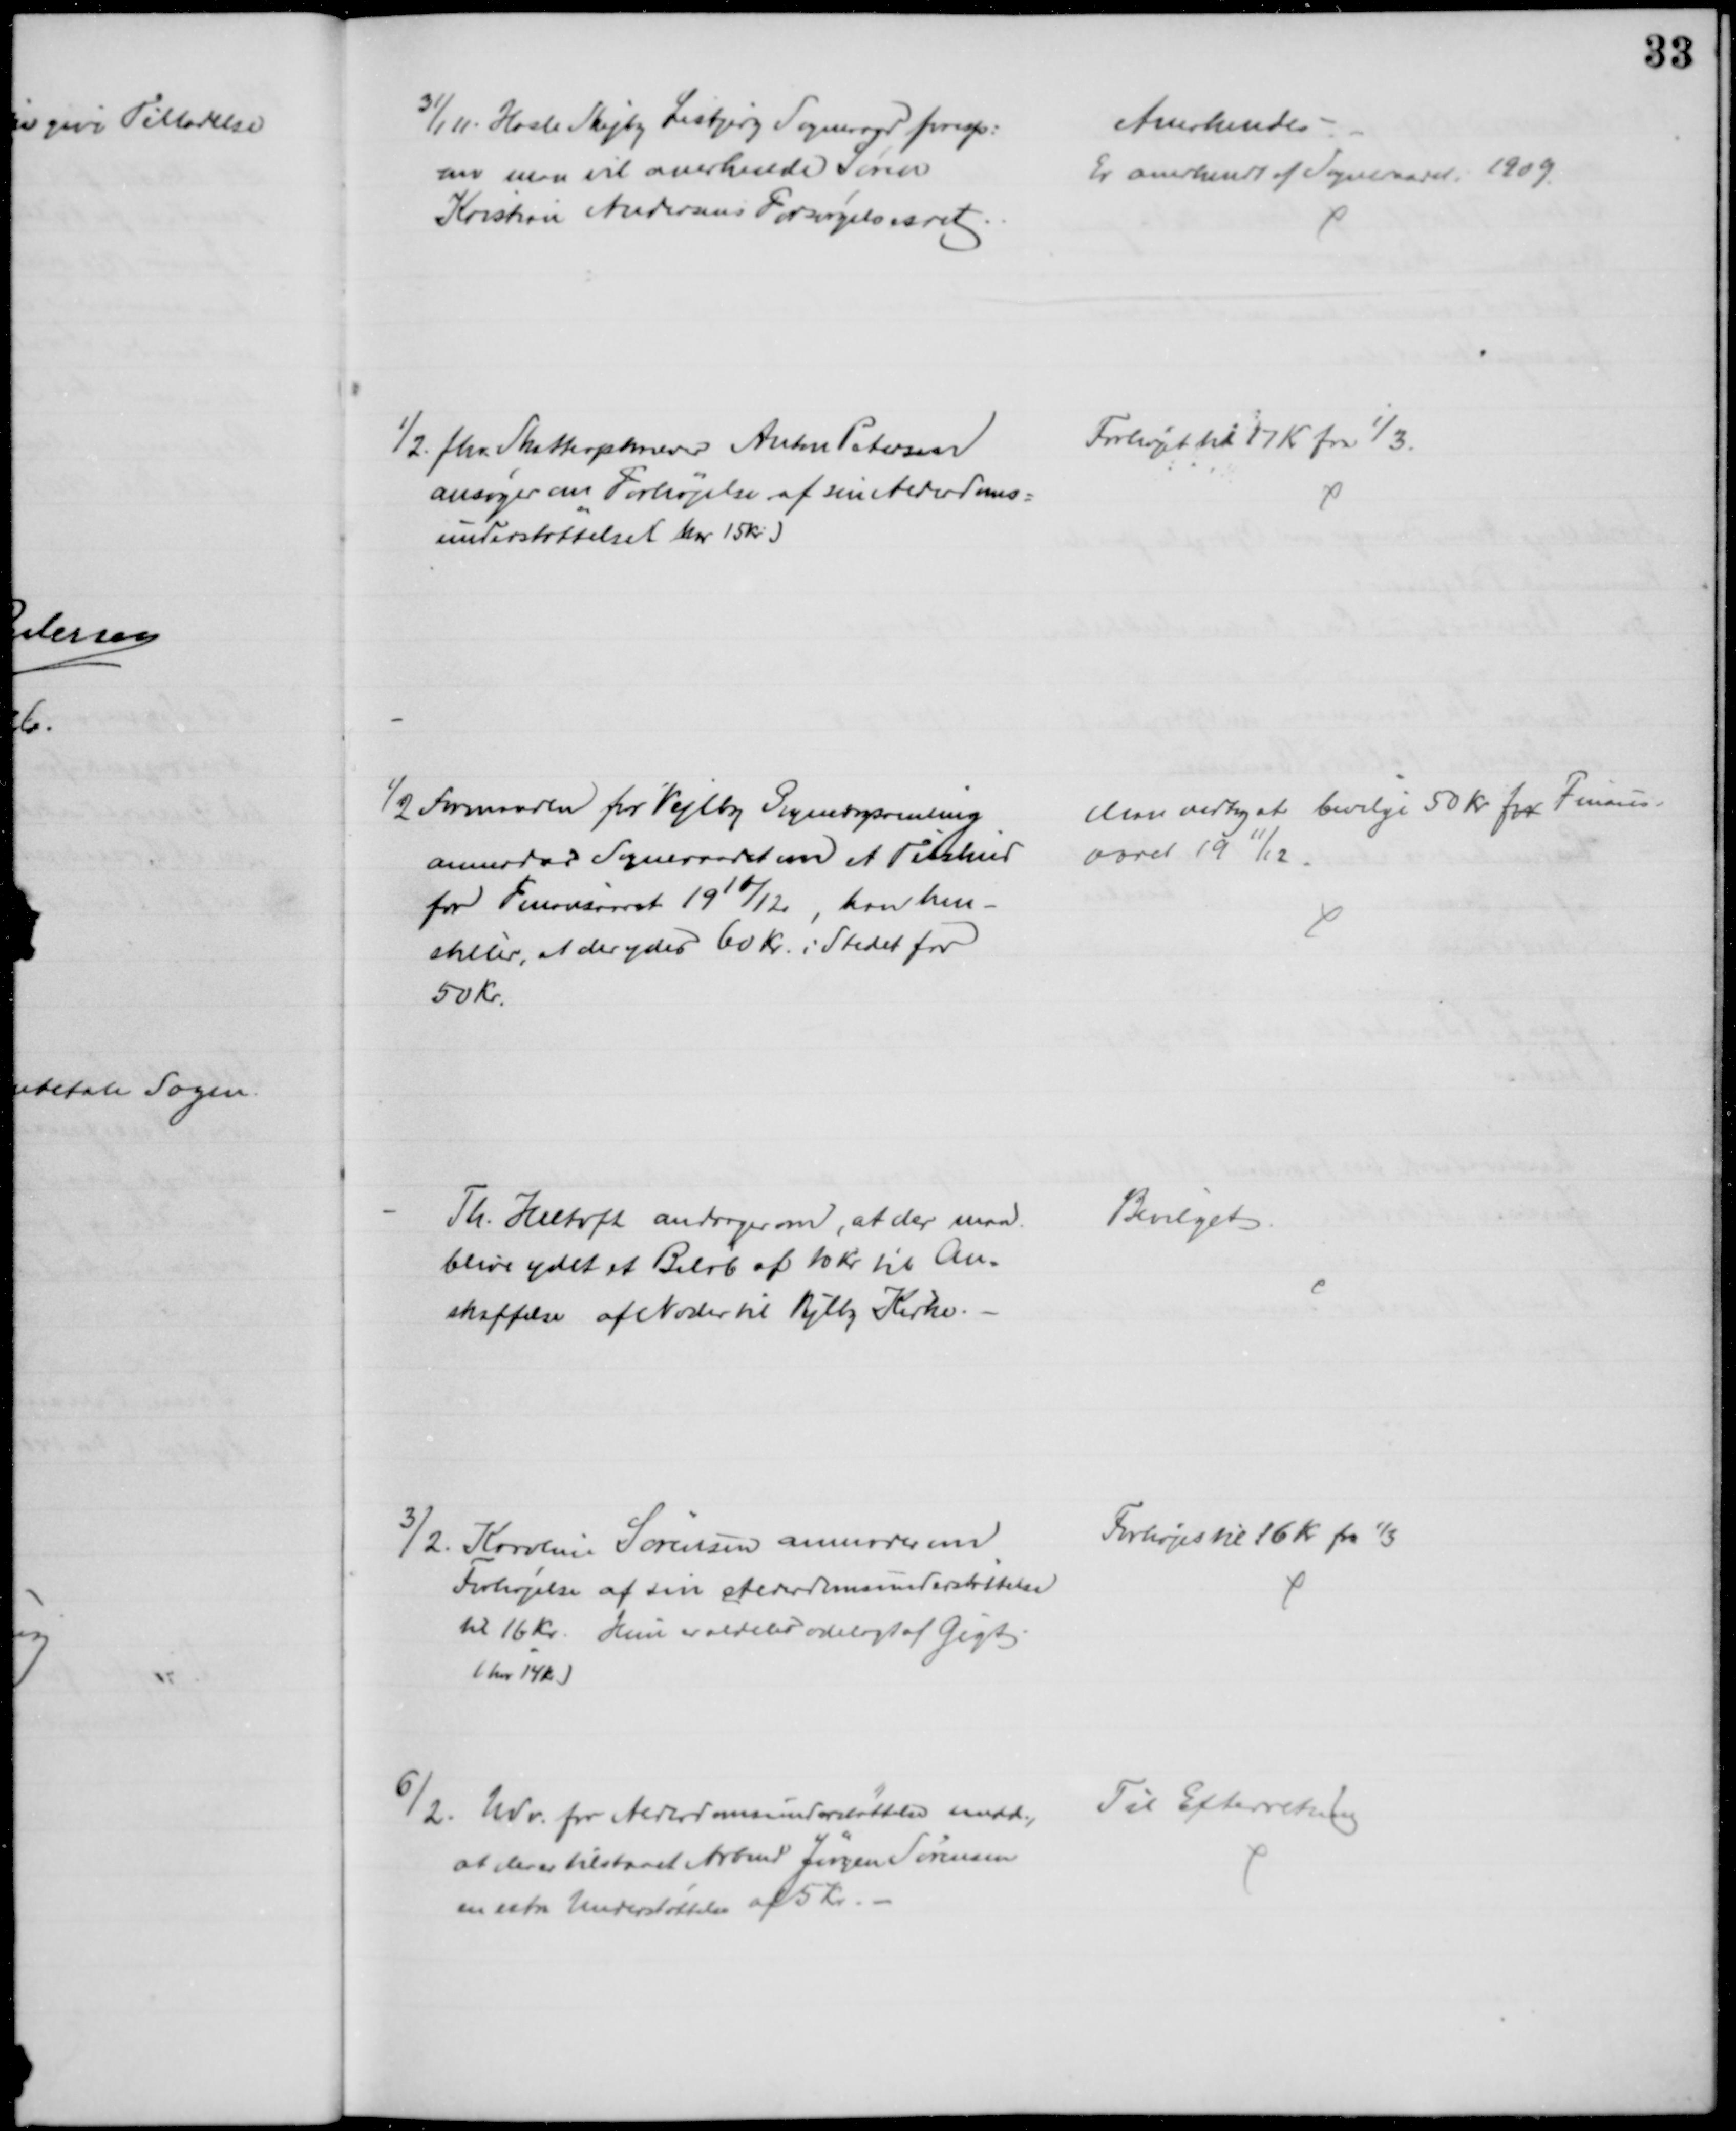
Transskription:
31/1 11. Hasle Skejby Lisbjerg Sogneraad foresp:
om man vil anerkende Søren
Kristian Andersens Forsørgelsesret
Anerkendes
Er anerkendt af Sogneraadet 1909.
1/2. fhv. Skatteopkræver Anton Petersen
ansøger om Forhøjelse af sin Alderdoms=
understøttelse (har 15 Kr.)
Forhøjet til 17 Kr fra 1/3.
1/2 Formanden for Vejlby Sognebogsamling
anmoder Sogneraadet om et Tilskud
for Finansaaret 1911/12, han hen=
stiller, at der ydes 60 Kr. i Stedet for
50 Kr.
Man vedtog at bevilge 50 Kr. for Finans-
aaret 1911/12
Th. Heltoft andrager om, at der maa
blive ydet et Beløb af 10 Kr til An-
skaffelse af Noster til Vejlby Kirke
Bevilget.
3/2. Karoline Sørensen anmoder om
Forhøjelse af sin Alderdomsunderstøttelse
til 16 Kr. Hun er aldeles ødelagt af Gigt.
(har 14 Kr.)
Forhøjes til 16 Kr fra 1/3
6/2. Udv. for Alderdomsunderstøttelse medd.,
at der er tilstaaet Arbmd Jørgen Sørensen
en extra Understøttelse af 5 Kr.
Til Efterretning